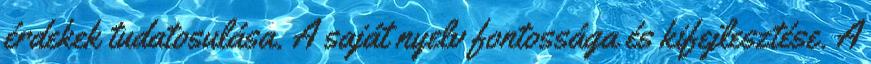
érdekek tudatosulása. A saját nyelv fontossága és kifejlesztése. A